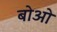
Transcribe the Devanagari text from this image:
बोओ